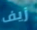
زيف